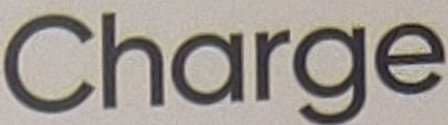
Charge